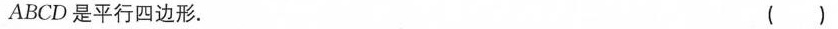
ABCD是平行四边形. ( )